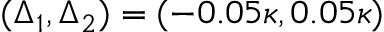
( \Delta _ { 1 } , \Delta _ { 2 } ) = ( - 0 . 0 5 \kappa , 0 . 0 5 \kappa )